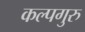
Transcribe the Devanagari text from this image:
कल्पगुरु